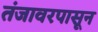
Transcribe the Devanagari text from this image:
तंजावरपासून